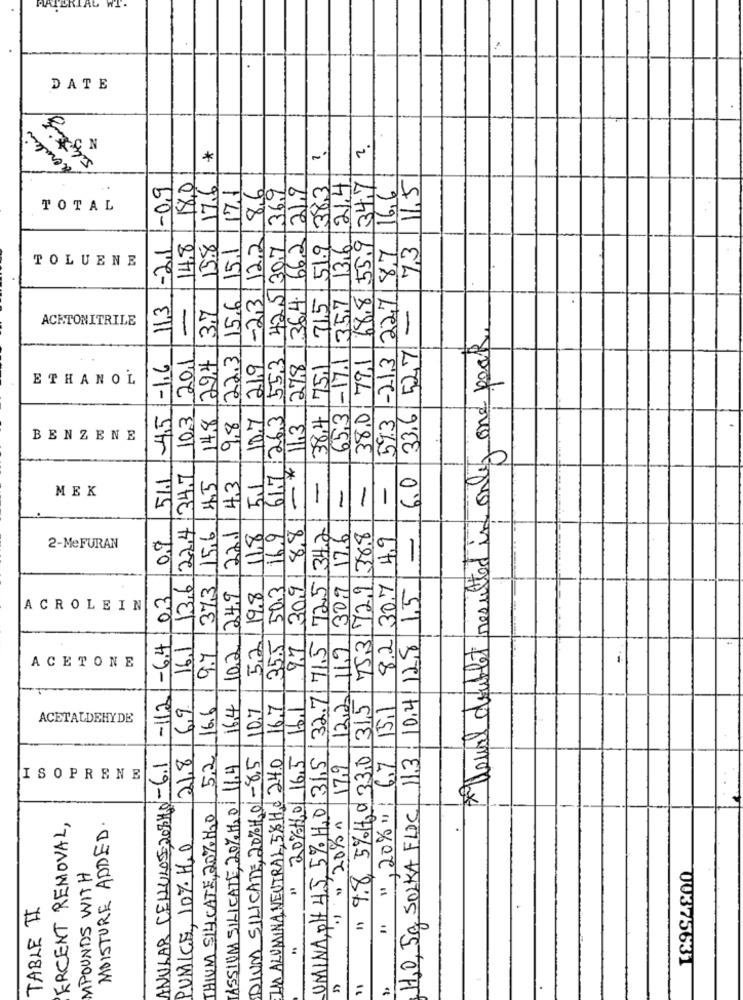
MATERIAL WI.
DATE
aerolin
*
18,0
653-17.1/357/136/21.4
68.8 55.9 347
11,5
1-09
15.8/17.6
17.1
8,6
121.9
383
16,6
1369
TOTAL
14.8
219 -23/12.2
-21
22.3 15.6 15.1
617 263 553 425307
1.36.4.1.66.2
715 51.9
593-213 227 87
73
TOLUENE
14,8/29,4 3,7
11,3
-
-
ACETONITRILE
6.0 33.6 527
only one pook
45 -1.6
103/201
38.0 79,1
27,8
38.4 /75.1
ETHANOL
10.7
9,8
11,3
BENZENE
16.1136/224 34.7
-*
51.1
43
5.1
4.5
-
-
-
MEK
1
725134.21
Sted in
22.1
97 309 88
0,9
9.7 373 15.6
118
16.9
122 119 309 17.6
7531729 388
8.2 30,7 4.9
-
2-MeFURAN
35.5 50.3
H,O, 5g SOLKA FLIC 11,3, 10.4112,8 15
-6.4/03
16.4/102 24.9
5,2/19.8
ACROLEIN
32.7171.51
Veuil doublet
ACETONE
-112
16.9
" 9.8, 5%46 0 33,0 315
16.6
10.7
16.7
" 20%120/ 16.5 16.1
" 1 ,20%1 6,7 15.1
ACETALDEHYDE
21.8
52
ANULAR CELLULOSE 2031.0-6.1
DIUM SILICATE, 20%16.01-8.5
IMA ALUMNINA NEUTRAL, 5%Hd 24.0
UMINA, OH 45,5% H,O 31,5
TASSIUM SILICATE, 20% H2O 11.4
17.9
ISOPRENE
THIUM SILICATE, 20% H2O
119 20%n
ERCENT REMOVAL,
MOISTURE ADDED.
PUMICE, 10% H.O
MPOUNDS WITH
TABLE I
00375631
1: